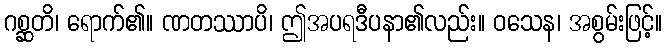
ဂစ္ဆတိ၊ ရောက်၏။ ဏတဿာပိ၊ ဤအပရဒီပနာ၏လည်း။ ဝသေန၊ အစွမ်းဖြင့်။